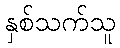
နှစ်သက်သူ